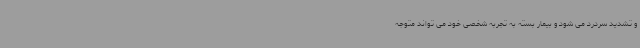
و تشدید سردرد می شود و بیمار بسته به تجربه شخصی خود می تواند متوجه